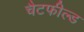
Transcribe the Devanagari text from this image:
चैटफील्ड